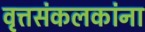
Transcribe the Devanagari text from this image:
वृत्तसंकलकांना